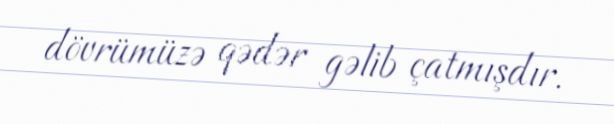
dövrümüzə qədər gəlib çatmışdır.